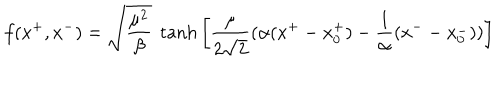
f ( x ^ { + } , x ^ { - } ) = \sqrt \frac { \mu ^ { 2 } } { \beta } ~ \tanh { \left[ \frac { \mu } { 2 \sqrt 2 } ( \alpha ( x ^ { + } - x _ { 0 } ^ { + } ) - \frac { 1 } { \alpha } ( x ^ { - } - x _ { 0 } ^ { - } ) ) \right] }